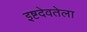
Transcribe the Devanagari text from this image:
इष्टदेवतेला